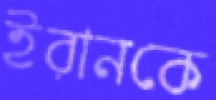
ইরানকে